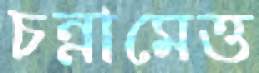
চন্নামেত্ত